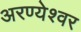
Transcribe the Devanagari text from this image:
अरण्येश्वर